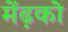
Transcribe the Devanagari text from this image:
मेंढ़को